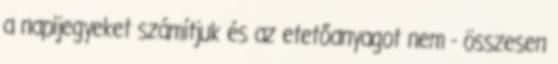
a napijegyeket számítjuk és az etetőanyagot nem - összesen